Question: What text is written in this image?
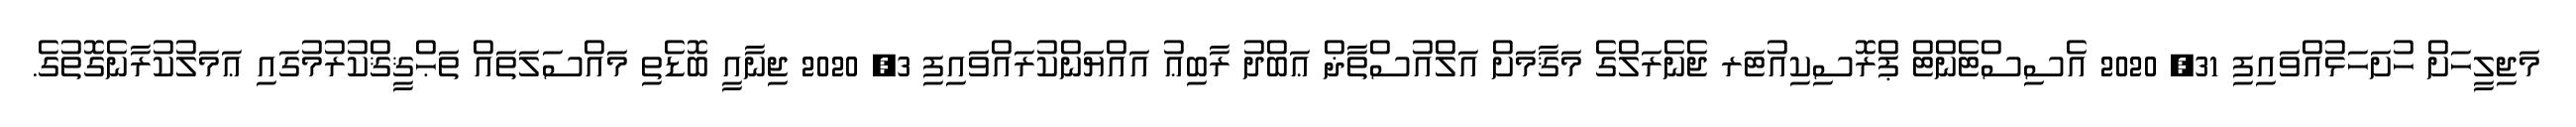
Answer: މަޖިލީހަށް ހުށަހަޅުއްވައިފި 31, 2020 އެސިސްޓެންޓް ޕްރޮސިކިއުޓަރ ޖެނެރަލްގެ މަޤާމަށް އަލްއުސްތާޛް ޢަބްދު ރާބިޢު އައްޔަންކުރައްވައިފި 3, 2020 ޖިނާއީ ބޮޑެތި މައްސަލަތައް ތަޙްޤީޤްކުރުމުގައި ޢަމަލުކުރާނެގޮތުގެ.